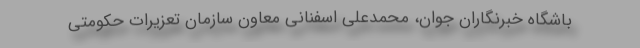
باشگاه خبرنگاران جوان، محمدعلی اسفنانی معاون سازمان تعزیرات حکومتی